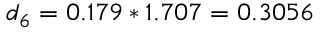
d _ { 6 } = 0 . 1 7 9 * 1 . 7 0 7 = 0 . 3 0 5 6